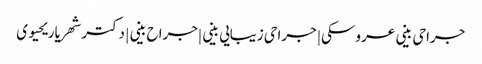
جراحی بینی عروسکی | جراحی زیبایی بینی |جراح بینی | دکتر شهریار یحیوی